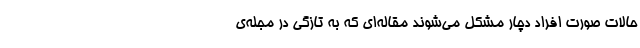
حالات صورت افراد دچار مشکل می‌شوند مقاله‌ای که به تازگی در مجله‌ی